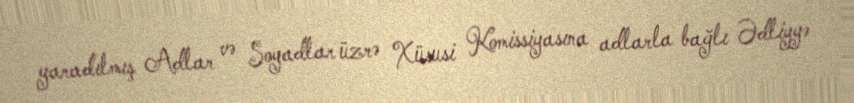
yaradılmış Adlar və Soyadlar üzrə Xüsusi Komissiyasına adlarla bağlı Ədliyyə